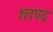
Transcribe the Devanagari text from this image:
शतपदं